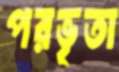
পরভৃতা